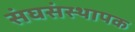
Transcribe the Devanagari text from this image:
संघसंस्थापक